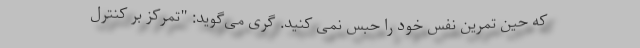
که حین تمرین نفس خود را حبس نمی کنید. گری می‌گوید: "تمرکز بر کنترل